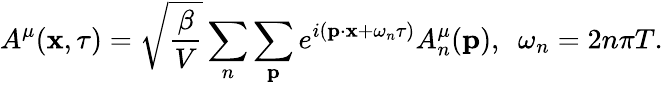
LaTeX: A^{\mu}({\mathbf x},\tau)=\sqrt{\frac{\beta}{V}}\sum_{n}\sum_{{\mathbf p}}e^{i({\mathbf p}\cdot{\mathbf x}+\omega_{n}\tau)}A_{n}^{\mu}({\mathbf p}),\ \ \omega_{n}=2n\pi T.